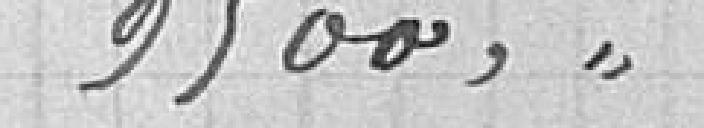
9500